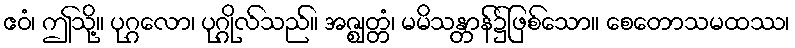
ဧဝံ၊ ဤသို့။ ပုဂ္ဂလော၊ ပုဂ္ဂိုလ်သည်။ အဇ္ဈတ္တံ၊ မမိသန္တာန်၌ဖြစ်သော။ စေတောသမထဿ၊